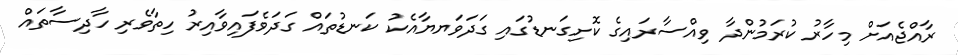
ރާއްޖެއަށް މިހާރު ކުރަމުންދާ ވިއްސާރައިގެ ކޮށިގަނޑުގައި ގަދަވަޔޔާއެކު ކަނޑުތައް ގަދަވެފައިވާއިރު ހިތާވެރި ހާދިސާތައް